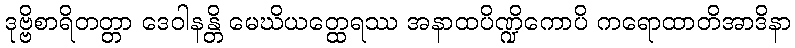
ဒုဗ္ဗိစာရိတတ္တာ ဒေဝါနန္တိ မေဃိယတ္ထေရဿ အနာထပိဏ္ဍိကောပိ ကရောထာတိအာဒိနာ